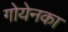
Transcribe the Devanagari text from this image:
गोयेनका